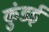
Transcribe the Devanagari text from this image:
कुंडई